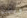
ويلدن